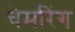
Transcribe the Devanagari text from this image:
चेमरिंग